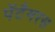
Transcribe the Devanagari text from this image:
पेंटैमरस